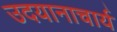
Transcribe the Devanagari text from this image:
उदयानाचार्य